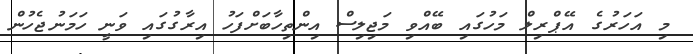
މި އަހަރުގެ އޭޕްރިލް މަހުގައި ބޭއްވި މަޖިލިސް އިންތިހާބަށްފަހު އިރާގުގައި ވަނީ ހަމަނުޖެހުން